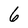
Character: 6